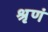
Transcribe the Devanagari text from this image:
श्रृणं